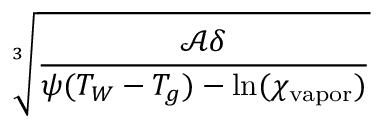
\sqrt [ 3 ] { \frac { \mathcal { A } \delta } { \psi ( T _ { W } - T _ { g } ) - \mathrm { l n } ( \chi _ { \mathrm { v a p o r } } ) } }